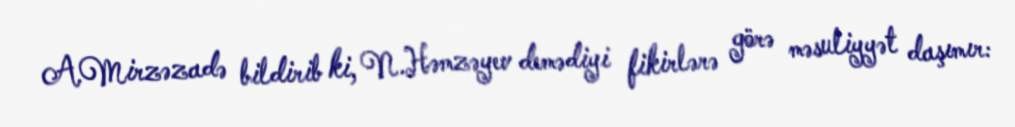
A.Mirzəzadə bildirib ki, N.Həmzəyev demədiyi fikirlərə görə məsuliyyət daşımır: